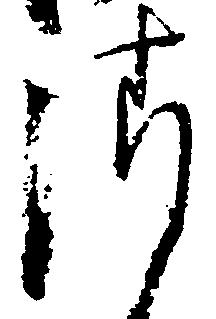
請